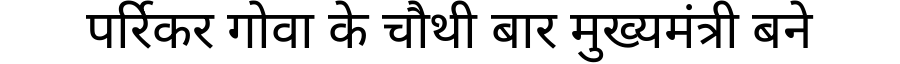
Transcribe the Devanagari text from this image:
पर्रिकर गोवा के चौथी बार मुख्यमंत्री बने